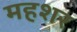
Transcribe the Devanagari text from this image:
महशर